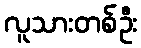
လူသားတစ်ဦး